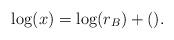
LaTeX: \begin{align*}\log(x)= \log(r_B)+(). \end{align*}